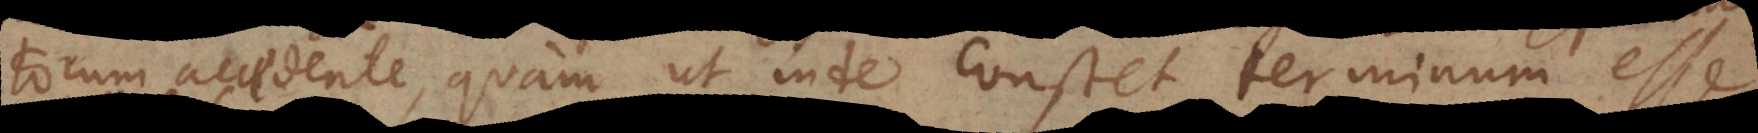
torum accedente, quam ut inde constet terminum esse